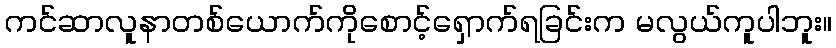
ကင်ဆာလူနာတစ်ယောက်ကိုစောင့်ရှောက်ရခြင်းက မလွယ်ကူပါဘူး။